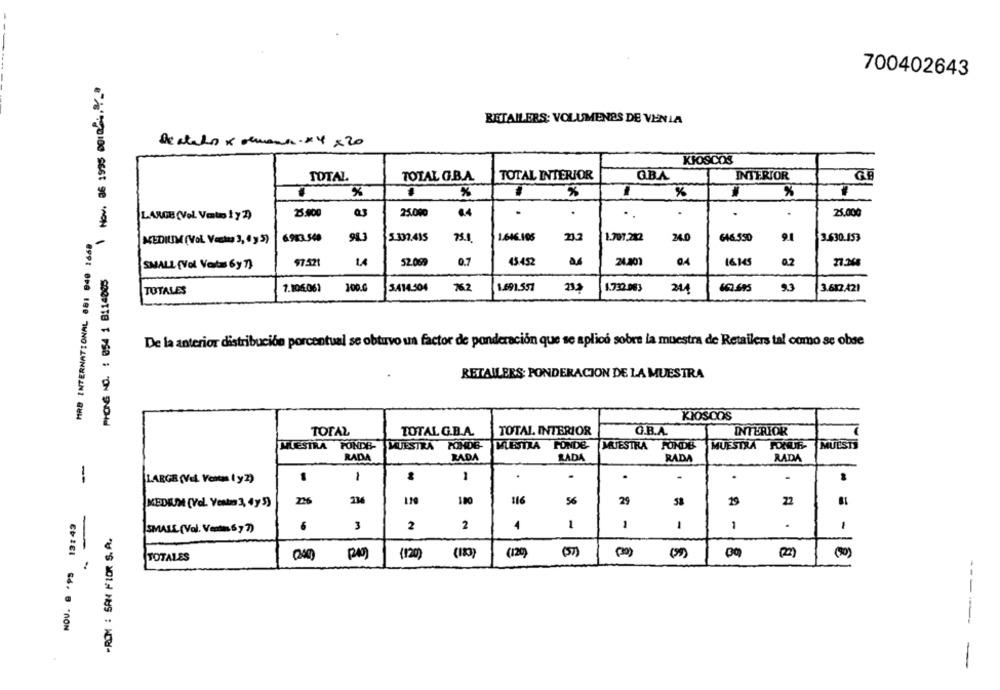
700402643
RETAILERS: VOLUMENES DE VENLA
De atalo x semana.x4 x 20
KIOSCOS
2
TOTAL
TOTAL G.B.A.
TOTAL INTERIOR
Q.B.A.
INTERIOR
%
%
%
25.900
25.000
.
.
.
.
25.000
LARGE (Vol Vatis 1 y2)
MRB INTERNATIONAL 881 940 1668
MUDILIM (Vol. Vastta 3, 4 y 5)
6.983.540
983
5.307.435
75.1
1.646.105
212
1.707.212
24.0
646.550
9.1
3.630.153
PHONE NO. : 054 1 8114005
52.069
0.7
16.145
0.2
SMALL(Vol Vata 6y )
97.521
43.452
24.001
7.106.061
300.0
3.414.304
76.2
1.691.551
23.3
1.732.063
244
9.3
3.612.421
TOTALES
De la anterior distribución porcentual se obtuvo un factor de ponderación que se aplica sobre la muestra de Retailers tal como se obse
RETAILERS: PONDERACION DE LA MUESTRA
KIOSCOS
TOTAL
TOTAL G.B.A.
TOTAL INTERIOR
Q.B.A.
INTERIOR
MUESTRA
FONDB-
MUESTRA
HINDB-
MUESTRA FONDE MUESTRA FONDE
MUESTRA FONUE-
[MUESTI
RADA
RADA
RADA
RADA
RADA
.
.
.
-
.
-
LARGE (Vol Veram 1 y2)
1
1
1
MEDIUM (Vel. Vesta 3, 4y 3)
216
100
116
56
29
22
131 43
6
3
2
2
4
1
1
1
-ROM : SAM FLOR S. A.
SMALL (Vol. Ventas 6 , 7)
-
-
NOV. . . PS
TOTALES
(120)
(123)
(12)
(5)
00
(22)
(50)
-